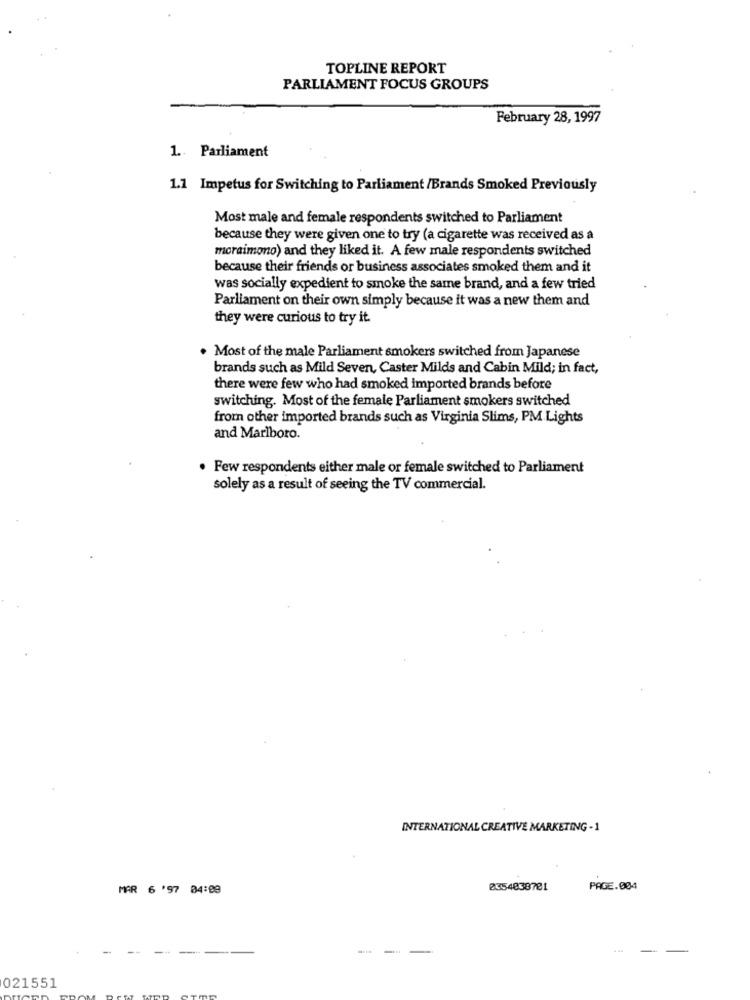
TOPLINE REPORT
PARLIAMENT FOCUS GROUPS
February 28, 1997
1. Parliament
1.1 Impetus for Switching to Parliament /Brands Smoked Previously
Most male and female respondents switched to Parliament
because they were given one to try (a cigarette was received as a
moraimono) and they liked it. A few male respondents switched
because their friends or business associates smoked them and it
was socially expedient to smoke the same brand, and a few tried
Parliament on their own simply because it was a new them and
they were curious to try it
. Most of the male Parliament smokers switched from Japanese
brands such as Mild Seven, Caster Milds and Cabin Mild; in fact,
there were few who had smoked imported brands before
switching. Most of the female Parliament smokers switched
from other imported brands such as Virginia Slims, PM Lights
and Marlboro.
. Few respondents either male or female switched to Parliament
solely as a result of seeing the TV commercial.
INTERNATIONAL CREATIVE MARKETING -1
MAR 6 '97 84:09
2354038701
PAGE.004
-
--
-
-
021551